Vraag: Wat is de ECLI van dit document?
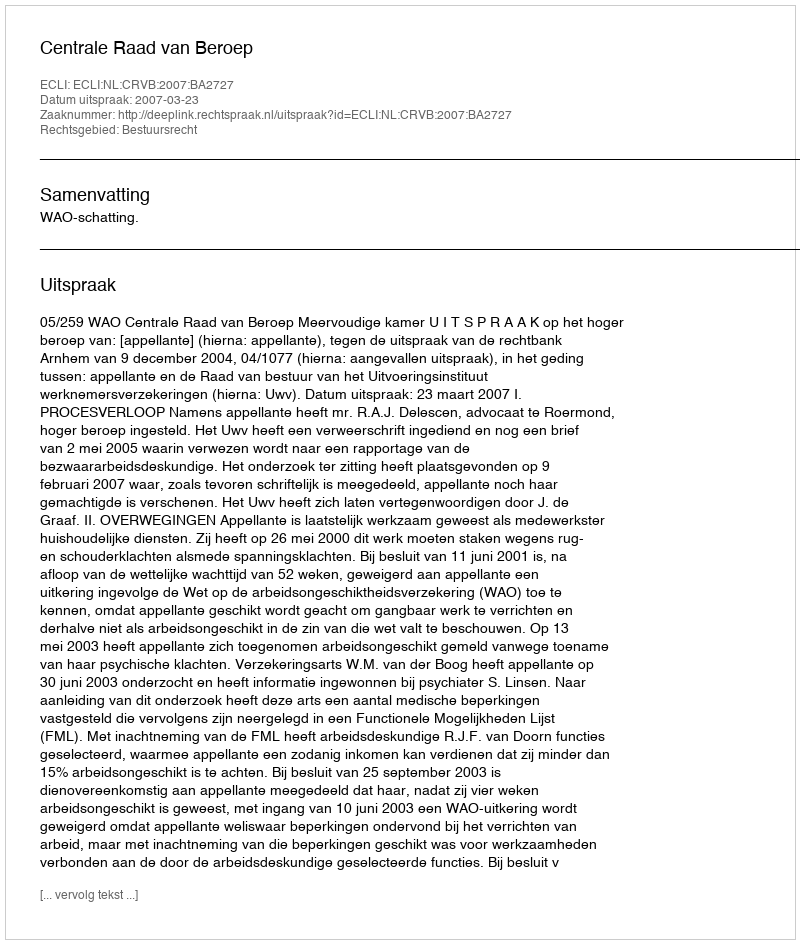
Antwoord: ECLI:NL:CRVB:2007:BA2727